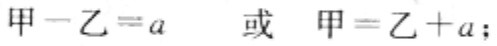
甲-乙=a 或 甲=乙+a;